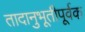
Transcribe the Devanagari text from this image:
तादानुभूतीपूर्वक